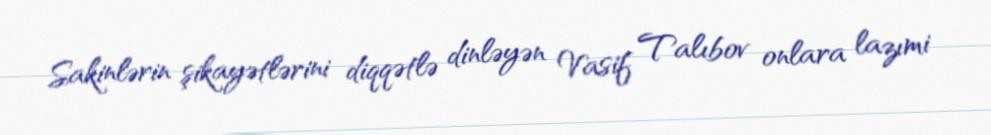
Sakinlərin şikayətlərini diqqətlə dinləyən Vasif Talıbov onlara lazımi